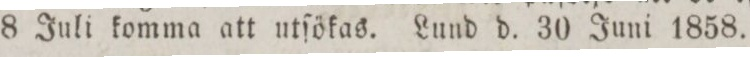
8 Juli komma att utſökas. Lund d. 30 Juni 1858.